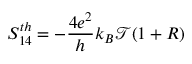
S _ { 1 4 } ^ { t h } = - \frac { 4 e ^ { 2 } } { h } k _ { B } \mathcal { T } ( 1 + R )